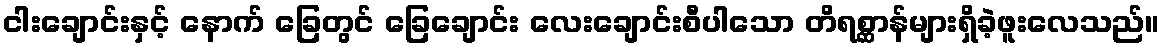
ငါးချောင်းနှင့် နောက် ခြေတွင် ခြေချောင်း လေးချောင်းစီပါသော တိရစ္ဆာန်များရှိခဲ့ဖူးလေသည်။